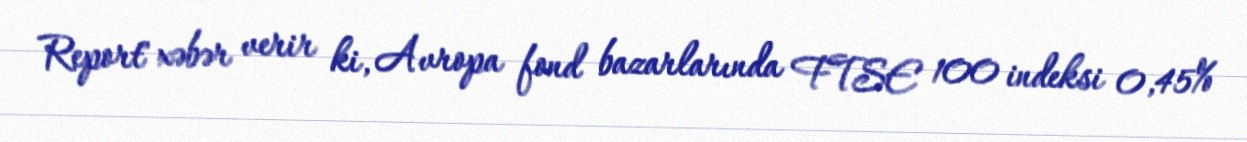
Report" xəbər verir ki, Avropa fond bazarlarında FTSE 100 indeksi 0,45%